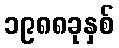
၁၉၈၈ခုနှစ်